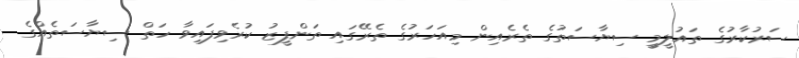
ސަރުކާރުގެ ތައުލީމީ ސިޔާސަތުގެ ތެރެއިން މިއަހަރުގެ ތެރޭގައި ތަންފީޒު ކުރެވިފައިވާ ހަތް ސިޔާސަތެއްގެ